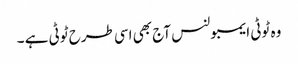
وہ ٹوٹی ایمبولنس آج بھی اسی طرح ٹوٹی ہے ۔